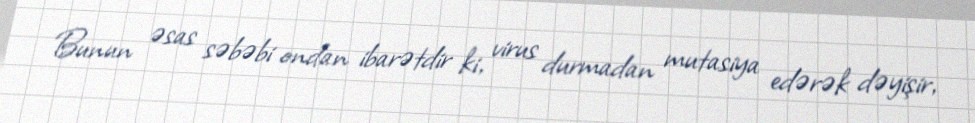
Bunun əsas səbəbi ondan ibarətdir ki, virus durmadan mutasiya edərək dəyişir,